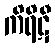
ကိရိဋီ